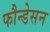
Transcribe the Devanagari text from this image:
फौन्डेसन